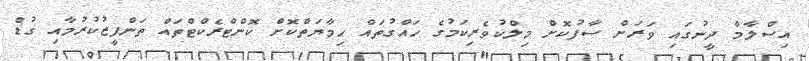
އިސްލާމް ދީނުގައި ވަރަށް ސާފުކޮށް މިލްކުވެރިކަމުގެ ހައްގުތައް ހިމާޔަތްކޮށް ކޮންޓްރެކްޓްތައް ތަންފީޒުކުރުމާއި ގުޑް